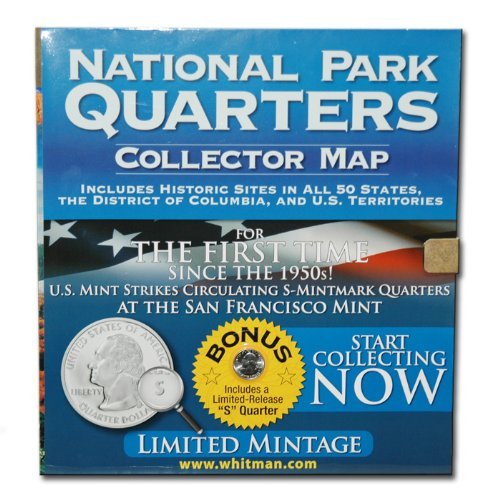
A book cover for National Park Quarter Foam Map; Whitman Publishing; Crafts, Hobbies & Home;